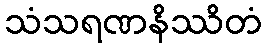
သံသရဏနိဿိတံ